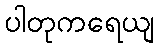
ပါတုကရေယျ